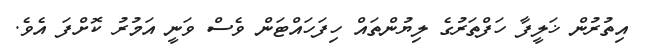
އިތުރުން ޚަލީފާ ހަފްތަރުގެ ލިޔުންތައް ހިފަހައްޓަން ވެސް ވަނީ އަމުރު ކޮށްފަ އެވެ.